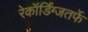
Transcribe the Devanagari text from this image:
रेकॉर्डिंग्जतर्फे